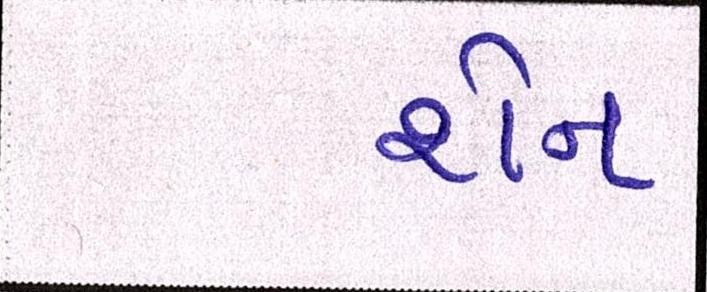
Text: શેન